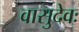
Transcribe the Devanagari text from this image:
वासुदेवः